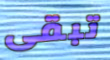
تبقى